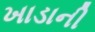
ખાડાની